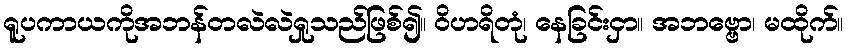
ရူပကာယကိုအဘန်တလဲလဲရှုသည်ဖြစ်၍။ ဝိဟရိတုံ၊ နေခြင်းငှာ။ အဘဗ္ဗော၊ မထိုက်။